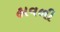
હાવળી